Scottish Certificate of Education, 1962
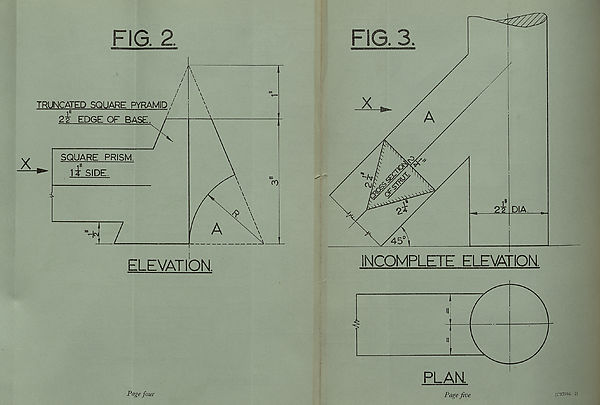
FIG. 2
nrriiiniwiiiTmiiiii —ri
Page four
FIG. 3.
PLAN
Page five
(C37896-2)